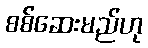
စစ်ဆေးမည်ဟု